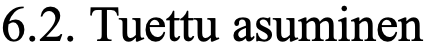
6.2. Tuettu asuminen